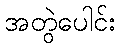
အတွဲပေါင်း